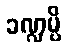
ခဏ္ဍမ္ပိ